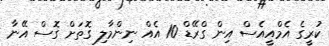
ކުރީގެ އެމްއީއެސް އިން ގްރޭޑް 10 އެއް ނިންމާލި ގޮތަށް ގޮސް އޭނާ